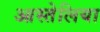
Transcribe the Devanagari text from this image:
आस्तेलिया